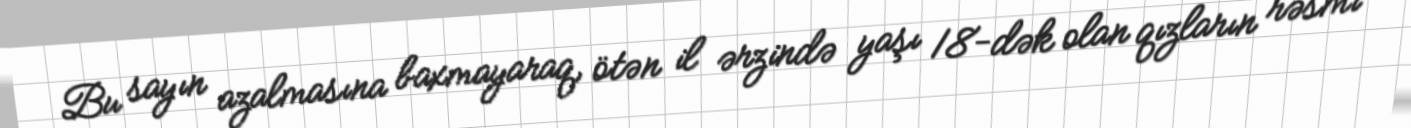
Bu sayın azalmasına baxmayaraq, ötən il ərzində yaşı 18-dək olan qızların rəsmi